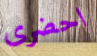
احضرى